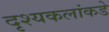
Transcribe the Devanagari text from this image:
दृश्यकलांकडे